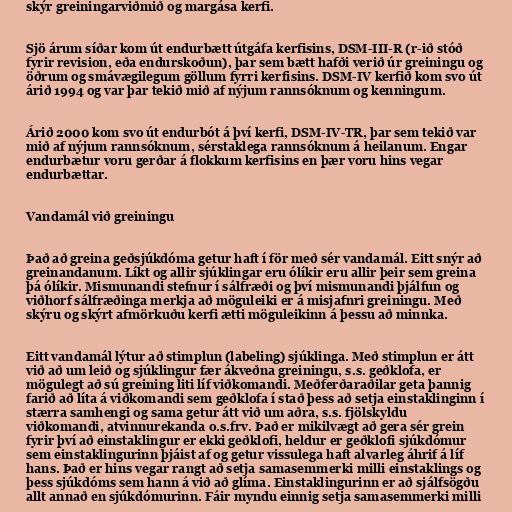
skýr greiningarviðmið og margása kerfi.

Sjö árum síðar kom út endurbætt útgáfa kerfisins, DSM-III-R (r-ið stóð
fyrir revision, eða endurskoðun), þar sem bætt hafði verið úr greiningu og
öðrum og smávægilegum göllum fyrri kerfisins. DSM-IV kerfið kom svo út
árið 1994 og var þar tekið mið af nýjum rannsóknum og kenningum.

Árið 2000 kom svo út endurbót á því kerfi, DSM-IV-TR, þar sem tekið var
mið af nýjum rannsóknum, sérstaklega rannsóknum á heilanum. Engar
endurbætur voru gerðar á flokkum kerfisins en þær voru hins vegar
endurbættar.

Vandamál við greiningu

Það að greina geðsjúkdóma getur haft í för með sér vandamál. Eitt snýr að
greinandanum. Líkt og allir sjúklingar eru ólíkir eru allir þeir sem greina
þá ólíkir. Mismunandi stefnur í sálfræði og því mismunandi þjálfun og
viðhorf sálfræðinga merkja að möguleiki er á misjafnri greiningu. Með
skýru og skýrt afmörkuðu kerfi ætti möguleikinn á þessu að minnka.

Eitt vandamál lýtur að stimplun (labeling) sjúklinga. Með stimplun er átt
við að um leið og sjúklingur fær ákveðna greiningu, s.s. geðklofa, er
mögulegt að sú greining liti líf viðkomandi. Meðferðaraðilar geta þannig
farið að líta á viðkomandi sem geðklofa í stað þess að setja einstaklinginn í
stærra samhengi og sama getur átt við um aðra, s.s. fjölskyldu
viðkomandi, atvinnurekanda o.s.frv. Það er mikilvægt að gera sér grein
fyrir því að einstaklingur er ekki geðklofi, heldur er geðklofi sjúkdómur
sem einstaklingurinn þjáist af og getur vissulega haft alvarleg áhrif á líf
hans. Það er hins vegar rangt að setja samasemmerki milli einstaklings og
þess sjúkdóms sem hann á við að glíma. Einstaklingurinn er að sjálfsögðu
allt annað en sjúkdómurinn. Fáir myndu einnig setja samasemmerki milli